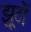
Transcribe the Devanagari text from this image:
झूटों